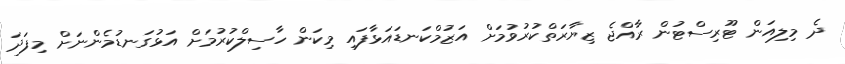
ދެ މިލިއަން ޓޫރިސްޓުން ރާއްޖެ ޒިޔާރަތްކުރުވުމަށް އަޒުމްކަނޑައަޅާފައި މިކަން ހާސިލްކުރުމަށް އަޅުގަނޑުމެންނަށް މިފަދަ